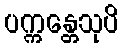
ပက္ကန္တေသုပိ